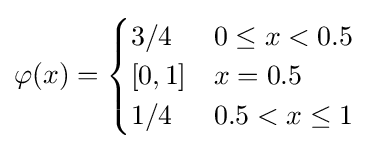
\varphi (x)={\begin{cases}3/4&0\leq x<0.5\\{}[0,1]&x=0.5\\1/4&0.5<x\leq 1\end{cases}}